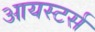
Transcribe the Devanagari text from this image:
आयस्टर्स